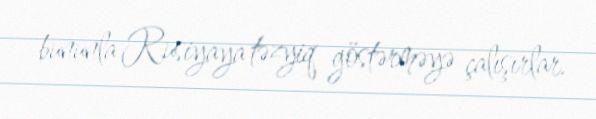
bununla Rusiyaya təzyiq göstərməyə çalışırlar.